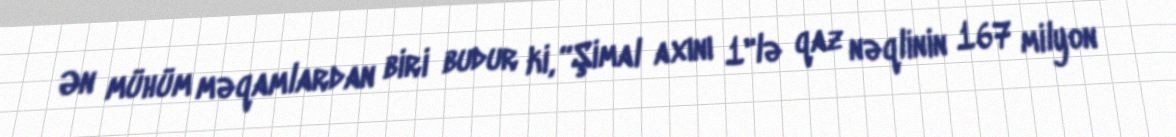
Ən mühüm məqamlardan biri budur ki, “Şimal axını 1"lə qaz nəqlinin 167 milyon